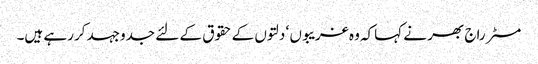
مسٹر راج بھر نے کہاکہ وہ غریبوں ‘ دلتوں کے حقوق کے لئے جدوجہد کررہے ہیں۔